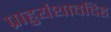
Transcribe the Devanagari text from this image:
प्राहुर्यथावदिह